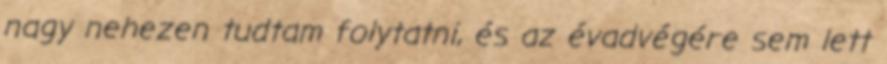
nagy nehezen tudtam folytatni, és az évadvégére sem lett